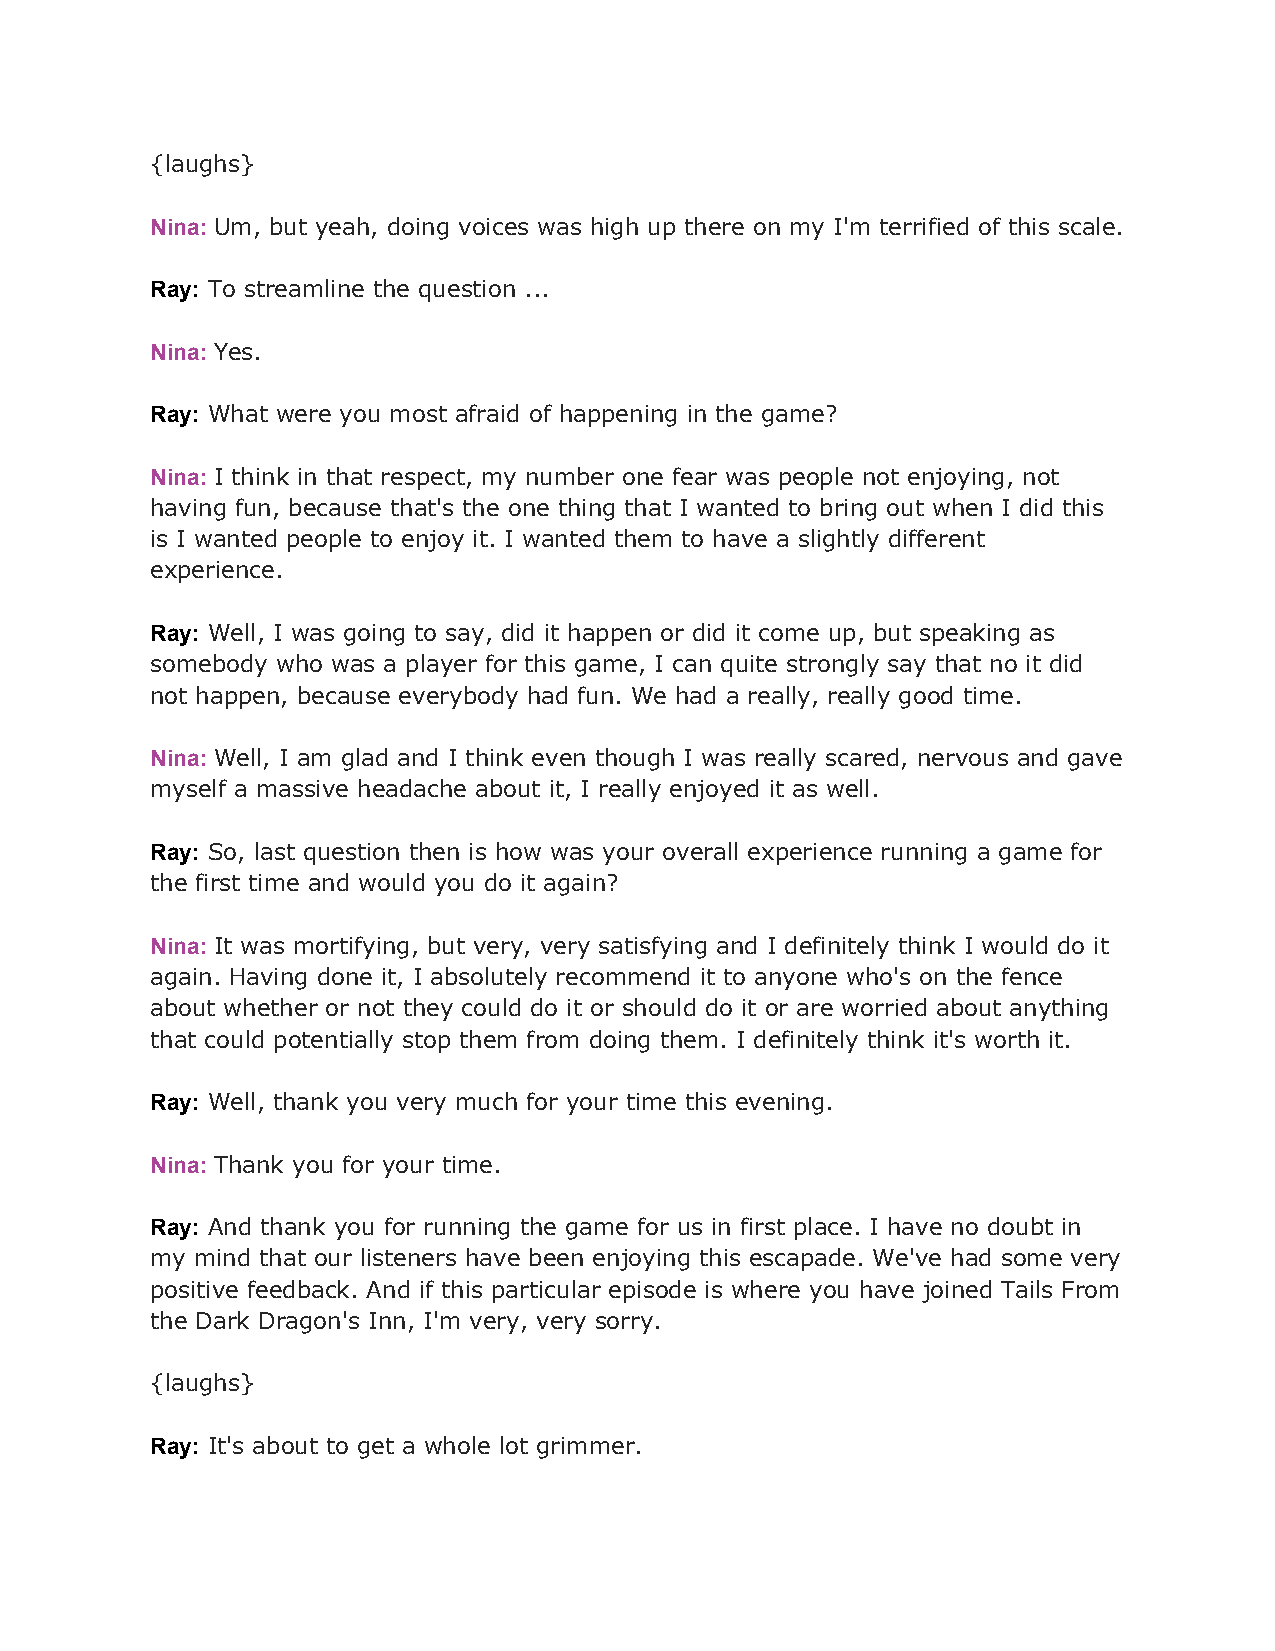
{laughs}
 Nina: Um, but yeah, doing voices was high up there on my I'm terrified of this scale.
 ​
 Ray: To streamline the question ...
 ​
 Nina: Yes.
 ​
 Ray: What were you most afraid of happening in the game?
 ​
 Nina: I think in that respect, my number one fear was people not enjoying, not
 ​
 having fun, because that's the one thing that I wanted to bring out when I did this
 is I wanted people to enjoy it. I wanted them to have a slightly different
 experience.
 Ray: Well, I was going to say, did it happen or did it come up, but speaking as
 ​
 somebody who was a player for this game, I can quite strongly say that no it did
 not happen, because everybody had fun. We had a really, really good time.
 Nina: Well, I am glad and I think even though I was really scared, nervous and gave
 ​
 myself a massive headache about it, I really enjoyed it as well.
 Ray: So, last question then is how was your overall experience running a game for
 ​
 the first time and would you do it again?
 Nina: It was mortifying, but very, very satisfying and I definitely think I would do it
 ​
 again. Having done it, I absolutely recommend it to anyone who's on the fence
 about whether or not they could do it or should do it or are worried about anything
 that could potentially stop them from doing them. I definitely think it's worth it.
 Ray: Well, thank you very much for your time this evening.
 ​
 Nina: Thank you for your time.
 ​
 Ray: And thank you for running the game for us in first place. I have no doubt in
 ​
 my mind that our listeners have been enjoying this escapade. We've had some very
 positive feedback. And if this particular episode is where you have joined Tails From
 the Dark Dragon's Inn, I'm very, very sorry.
 {laughs}
 Ray: It's about to get a whole lot grimmer.
 ​